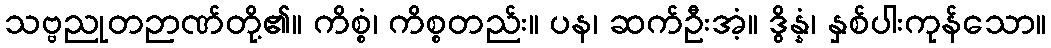
သဗ္ဗညုတဉာဏ်တို့၏။ ကိစ္စံ၊ ကိစ္စတည်း။ ပန၊ ဆက်ဦးအံ့။ ဒွိန္နံ၊ နှစ်ပါးကုန်သော။